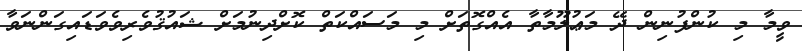
ވީމާ މި ކުންފުނިން ދޭ މަޢުލޫމާތާ އެއްގޮތަށް މި މަސައްކަތް ކޮށްދިނުމަށް ޝައުޤުވެރިވެވަޑައިގަންނަވާ